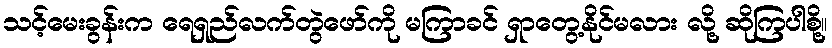
သင့်မေးခွန်းက ရေရှည်လက်တွဲဖော်ကို မကြာခင် ရှာတွေ့နိုင်မလား လို့ ဆိုကြပါစို့။